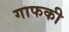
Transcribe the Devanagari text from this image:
गाफकी